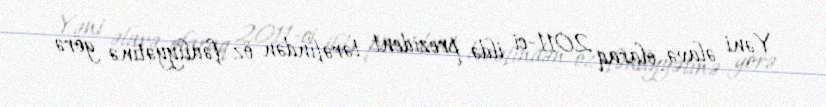
Yəni əlavə olaraq 2011-ci ildə prezident tərəfindən öz fəaliyyətinə görə